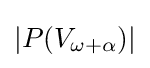
|P(V_{\omega +\alpha })|